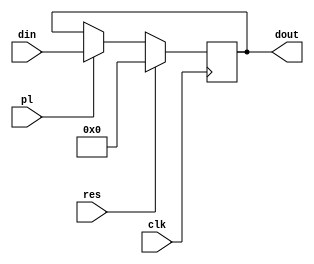
module reg32(clk,res,pl,din,dout);

input clk;
input res;
input pl;
input [31:0] din;

output [31:0] dout;
reg [31:0] dout;

always @(posedge clk) begin
	if(res==1'b1) begin
		dout<=32'b0;
	end
	else if(pl==1) begin
		dout<=din;
	end
end

endmodule